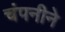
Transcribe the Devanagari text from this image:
चंपनीने